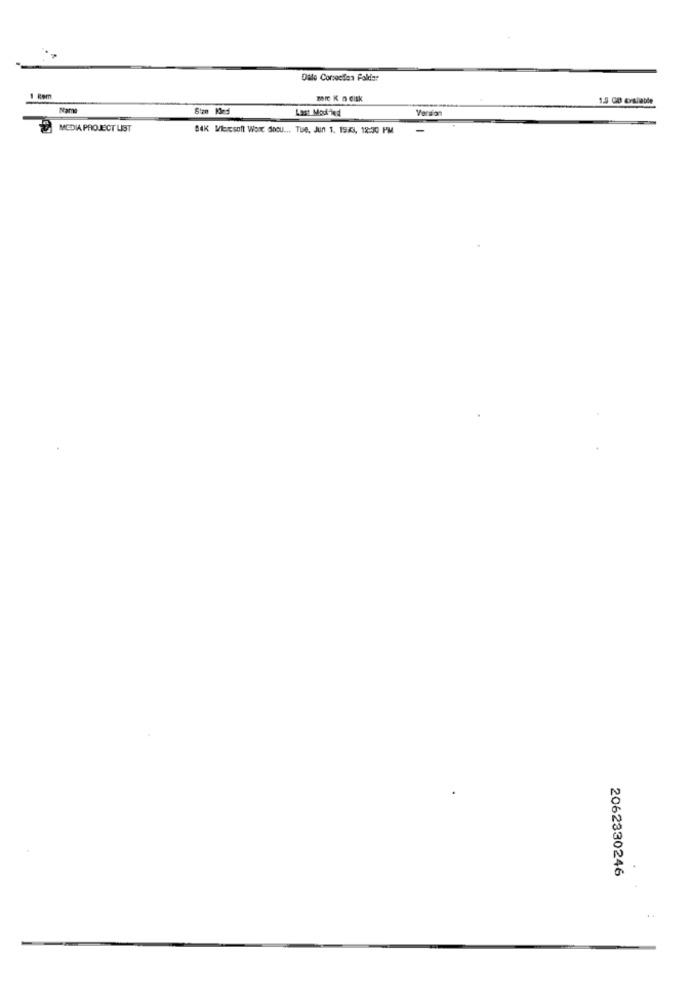
Dale Corsociles Palda:
1 Rem
Name
Last Modified
Version
MEDIA PROJECT LIST
B4K Wiecsoft Word doeu ... Tue, Jun 1. 1943, 18:30 PM
2062330246